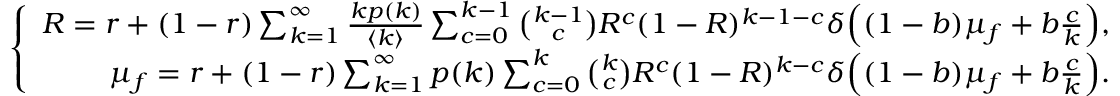
\left\{ \begin{array} { r } { R = r + ( 1 - r ) \sum _ { k = 1 } ^ { \infty } \frac { k p ( k ) } { \langle k \rangle } \sum _ { c = 0 } ^ { k - 1 } \binom { k - 1 } { c } R ^ { c } ( 1 - R ) ^ { k - 1 - c } \delta \Big ( ( 1 - b ) \mu _ { f } + b \frac { c } { k } \Big ) , } \\ { \mu _ { f } = r + ( 1 - r ) \sum _ { k = 1 } ^ { \infty } p ( k ) \sum _ { c = 0 } ^ { k } \binom { k } { c } R ^ { c } ( 1 - R ) ^ { k - c } \delta \Big ( ( 1 - b ) \mu _ { f } + b \frac { c } { k } \Big ) . } \end{array} \right.